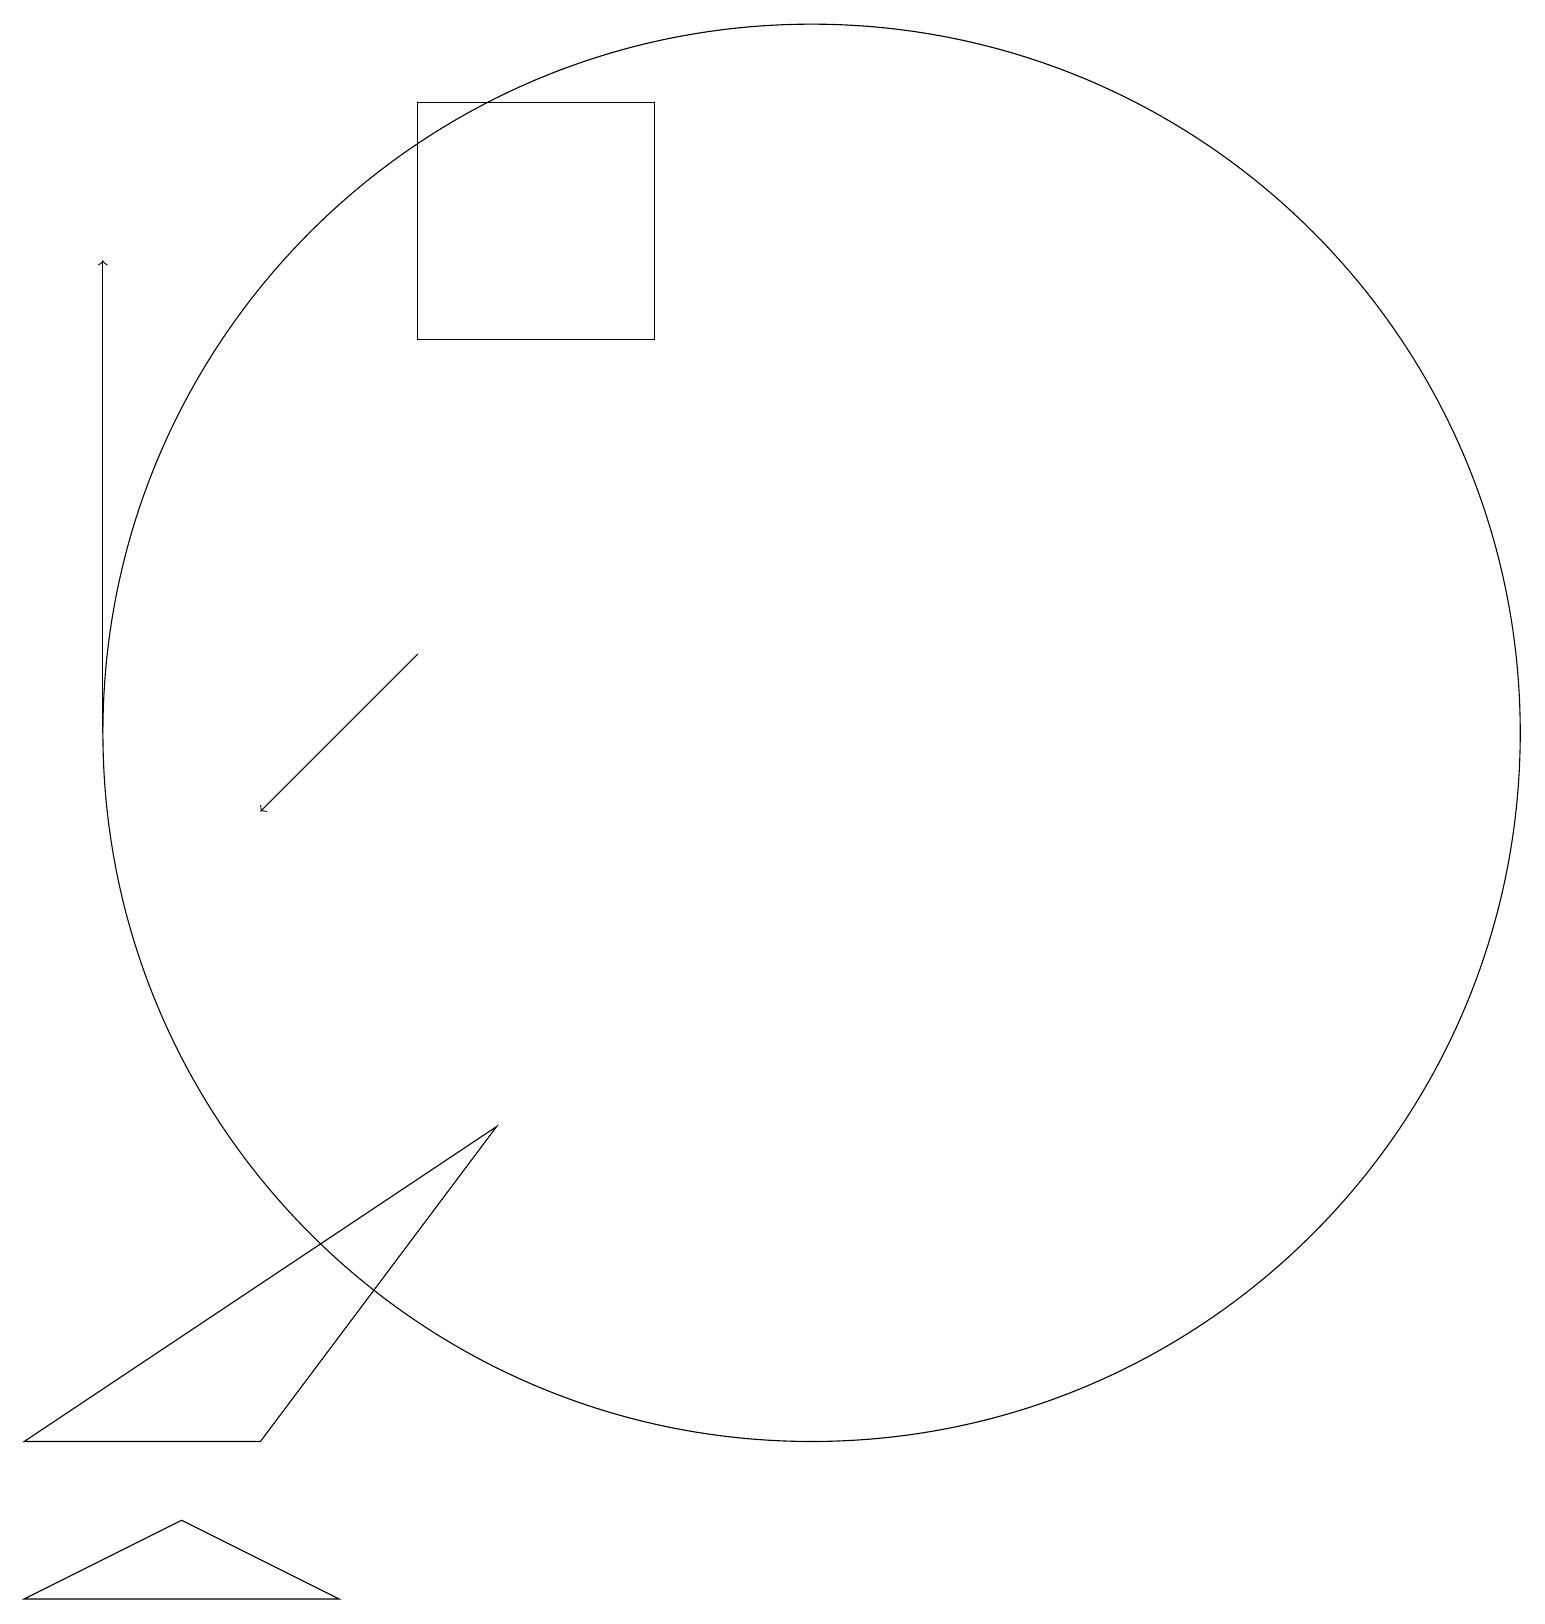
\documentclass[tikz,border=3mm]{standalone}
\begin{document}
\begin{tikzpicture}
\draw[->] (1,11) -- (1,17);
\draw (8,19) rectangle (5,16);
\draw[->] (5,12) -- (3,10);
\draw (0,2) -- (6,6) -- (3,2) -- cycle;
\draw (10,11) circle (9);
\draw (2,1) -- (0,0) -- (4,0) -- cycle;
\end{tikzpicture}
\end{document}